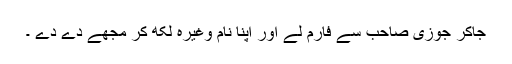
جاکر جوزی صاحب سے فارم لے اور اپنا نام وغیرہ لکھ کر مجھے دے دے ۔